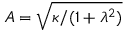
A = \sqrt { \kappa / ( 1 + \ensuremath { \lambda } ^ { 2 } ) }